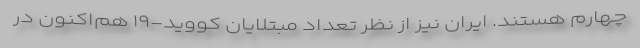
چهارم هستند. ایران نیز از نظر تعداد مبتلایان کووید-۱۹ هم‌اکنون در